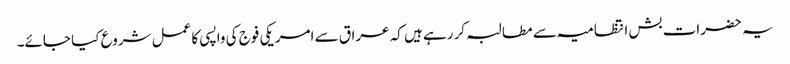
یہ حضرات بش انتظامیہ سے مطالبہ کر رہے ہیں کہ عراق سے امریکی فوج کی واپسی کا عمل شروع کیا جائے۔